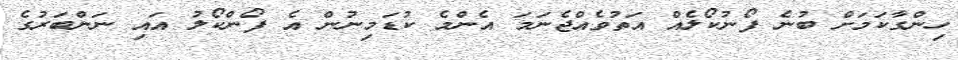
ހިންގާކަމަށް ބުނެ ފޯނުކޯލެއް އަތުވެއްޖެނަމަ އެންމެ ކުޑަމިނުން އެ ފޯންކޯލު އައި ނަންބަރުގެ